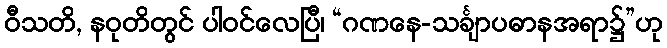
ဝီသတိ, နဝုတိတွင် ပါဝင်လေပြီ၊ “ဂဏနေ-သင်္ချာပဓာနအရာ၌”ဟု